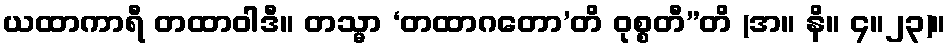
ယထာကာရီ တထာဝါဒီ။ တသ္မာ ‘တထာဂတော’တိ ဝုစ္စတီ”တိ (အ။ နိ။ ၄။၂၃)။